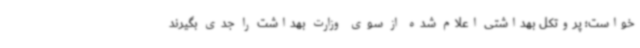
خواست؛ پروتکل بهداشتی اعلام شده از سوی وزارت بهداشت را جدی بگیرند